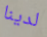
لدينا